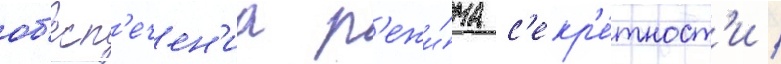
об'есп'ечен'иа р'ежи́ма с'екр'е́тност'и /